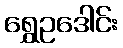
ရွှေဥဒေါင်း